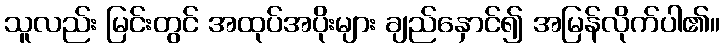
သူလည်း မြင်းတွင် အထုပ်အပိုးများ ချည်နှောင်၍ အမြန်လိုက်ပါ၏။